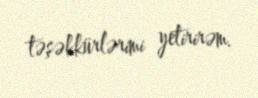
təşəkkürlərimi yetirirəm.